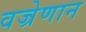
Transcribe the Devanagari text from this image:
वज्रेणान